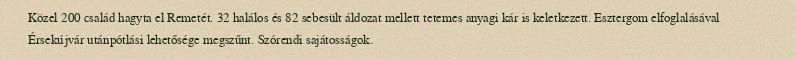
Közel 200 család hagyta el Remetét. 32 halálos és 82 sebesült áldozat mellett tetemes anyagi kár is keletkezett. Esztergom elfoglalásával Érsekújvár utánpótlási lehetősége megszűnt. Szórendi sajátosságok.